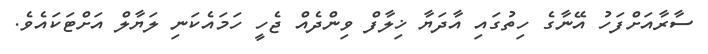
ސާރާއަށްފަހު އޭނާގެ ހިތުގައި އާދަޔާ ޚިލާފް ވިންދެއް ޖެހީ ހަމައެކަނި ލަޔާލް އަށްޓަކައެވެ.